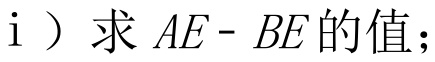
i ）求 \(AE - BE\) 的值；